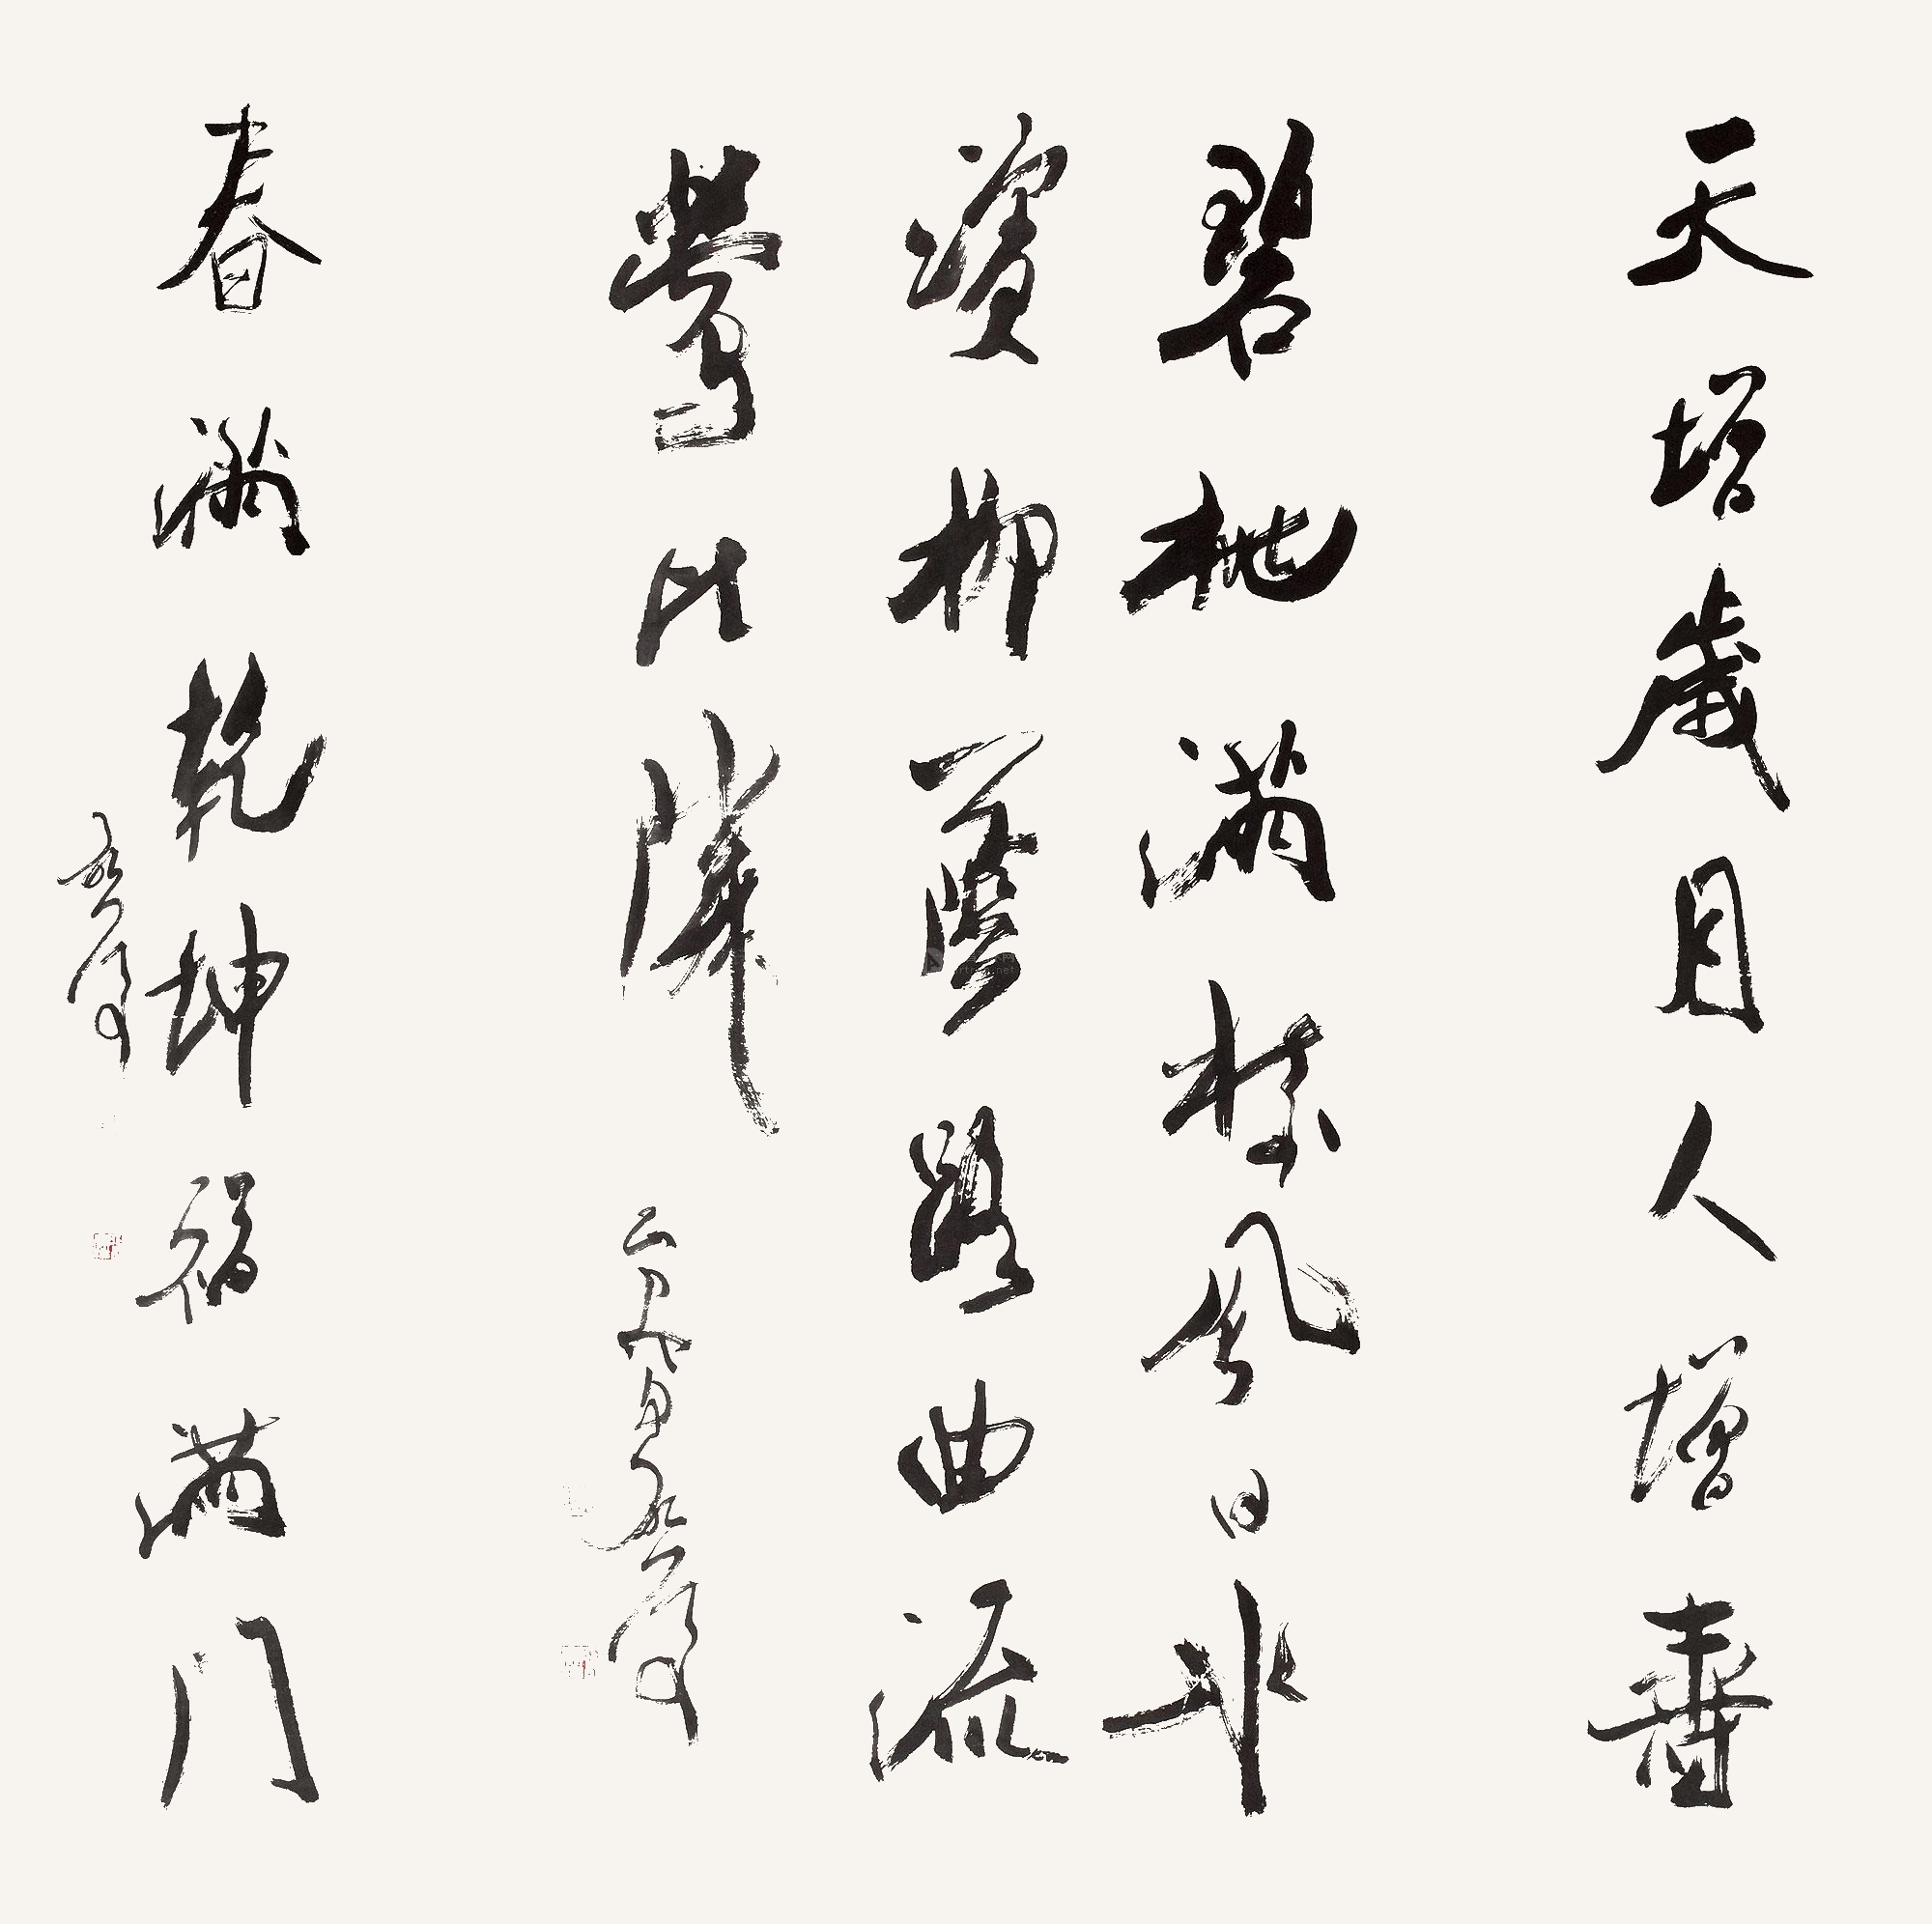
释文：天增岁月人增寿，春满乾坤福满门。碧桃满树风日水滨，柳荫路曲流莺比邻。己卯冬启后。启后。